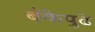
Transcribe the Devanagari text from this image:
बँकेपुढे